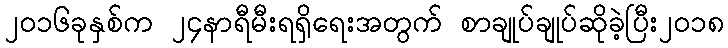
၂၀၁၆ခုနှစ်က ၂၄နာရီမီးရရှိရေးအတွက် စာချုပ်ချုပ်ဆိုခဲ့ပြီး၂၀၁၈